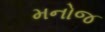
મનોજ